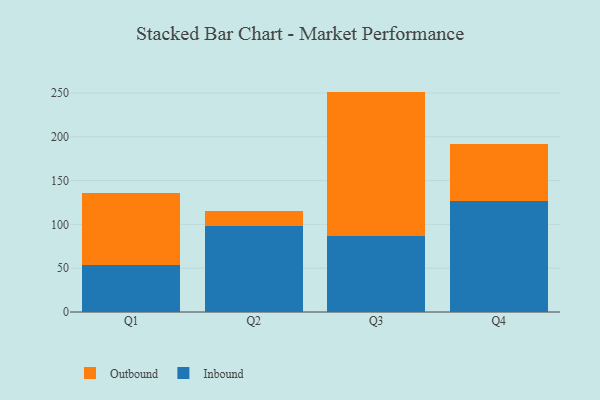
{"axis": {"x": "Quarter", "y": "Active Users"}, "legend": ["Inbound", "Outbound"], "data": [{"x": "Q1", "y": 53.3, "type": "Inbound"}, {"x": "Q1", "y": 82.5, "type": "Outbound"}, {"x": "Q2", "y": 98.4, "type": "Inbound"}, {"x": "Q2", "y": 16.5, "type": "Outbound"}, {"x": "Q3", "y": 87.2, "type": "Inbound"}, {"x": "Q3", "y": 164.4, "type": "Outbound"}, {"x": "Q4", "y": 126.8, "type": "Inbound"}, {"x": "Q4", "y": 64.5, "type": "Outbound"}]}